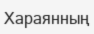
Хараянның